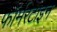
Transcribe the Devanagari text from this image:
फॉर्मरटाइन